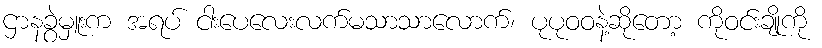
ဌာနခွဲမှူးက အရပ် ငါးပေလေးလက်မသာသာလောက်၊ ပုပုဝဝနဲ့ဆိုတော့ ကိုဝင်းချိုကို